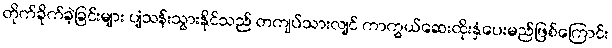
တိုက်ခိုက်ခဲ့ခြင်းများ ပျံသန်းသွားနိုင်သည် တကျပ်သားလျင် ကာကွယ်ဆေးထိုးနှံပေးမည်ဖြစ်ကြောင်း